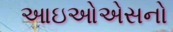
આઇઓએસનો